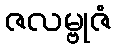
ဇလမ္ဗုဇံ